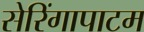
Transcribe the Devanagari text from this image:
सेरिंगापाटम